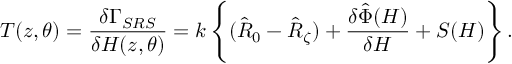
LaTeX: { \cal T } ( z , \theta ) = \frac { \delta \Gamma _ { S R S } } { \delta H ( z , \theta ) } = k \left\{ ( \hat { R } _ { 0 } - \hat { R } _ { \zeta } ) + \frac { \delta \hat { \Phi } ( H ) } { \delta H } + S ( H ) \right\} .